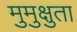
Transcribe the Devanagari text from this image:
मुमुक्षुता